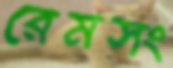
রেমসং